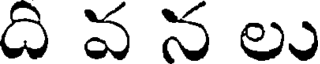
ది వ న లు